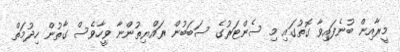
މީރާއިން ބުނެފައިވާ ގޮތުގައި މި ސެންޓަރުގެ ސަބަބުން ރައްޔިތުންނާ ވީހާވެސް ގާތުން ހިދުމަތް